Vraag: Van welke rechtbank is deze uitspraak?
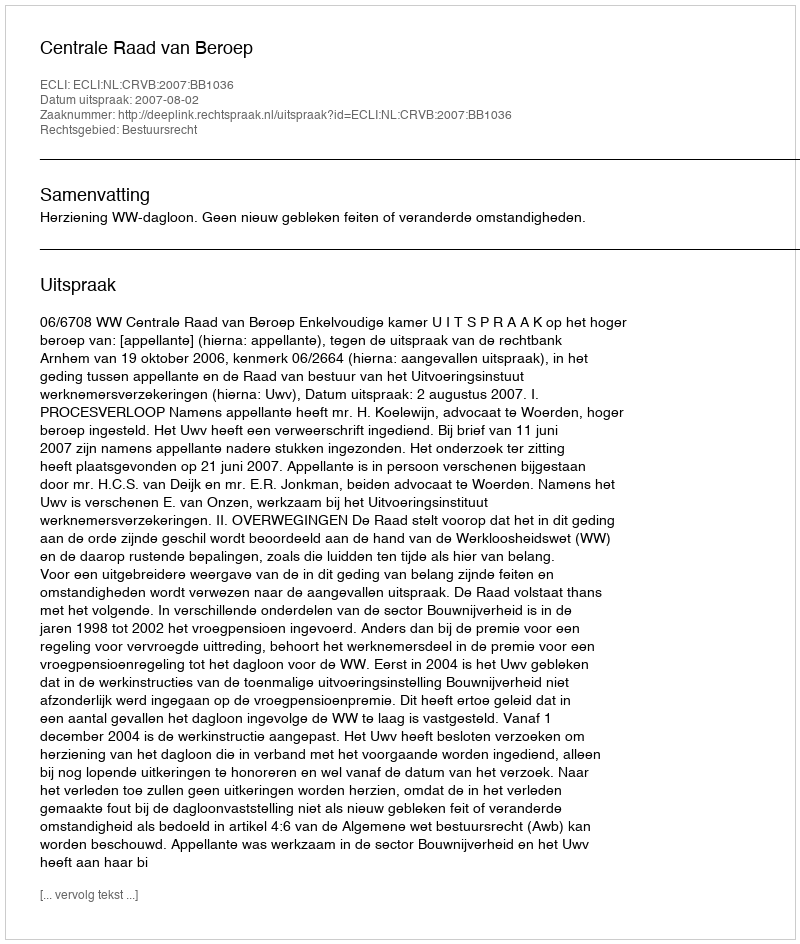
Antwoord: Centrale Raad van Beroep